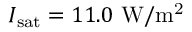
I _ { \mathrm { s a t } } = 1 1 . 0 ~ \mathrm { W / m ^ { 2 } }